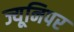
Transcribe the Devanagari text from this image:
ज्यूनिपर